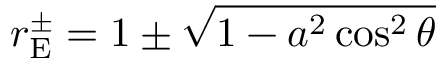
r _ { \mathrm { { E } } } ^ { \pm } = 1 \pm { \sqrt { 1 - a ^ { 2 } \cos ^ { 2 } \theta } }